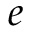
e